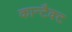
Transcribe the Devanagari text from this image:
कान्टैक्ट